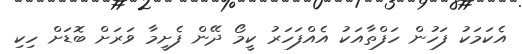
އެކަމަކު ފަހުން ހަފްތާއަކު އެއްފަހަރު ކީމޯ ދޭން ފެށީމާ ވަރަށް ބޮޑަށް ހިކި